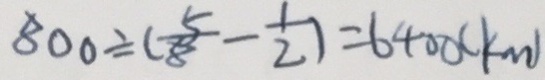
8 0 0 \div ( \frac { 5 } { 8 } - \frac { 1 } { 2 } ) = 6 4 0 0 ( k m )